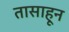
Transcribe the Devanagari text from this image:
तासाहून